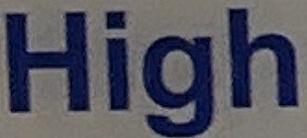
High